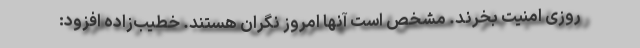
روزی امنیت بخرند. مشخص است آنها امروز نگران هستند. خطیب‌زاده افزود: